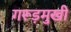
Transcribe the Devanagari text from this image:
गरूड़मुखी